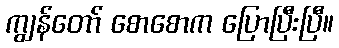
ကျွန်တော် စောစောက ပြောပြီးပြီ။